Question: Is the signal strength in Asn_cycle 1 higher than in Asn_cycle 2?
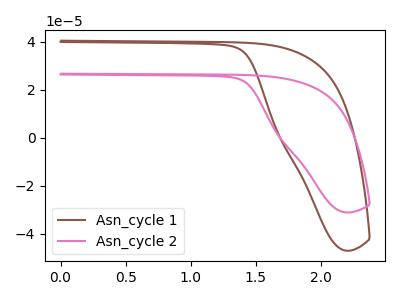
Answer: <think>The brown curve "Asn_cycle 1" has no peaks. The pink curve "Asn_cycle 2" has no peaks.
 Neither "Asn_cycle 1" or "Asn_cycle 2" have any peaks.</think>
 <answer>I cant tell if "Asn_cycle 1" or "Asn_cycle 2" has more signal.</answer>
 <eval>mixed_signal</eval>